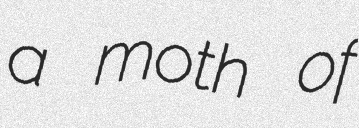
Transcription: a moth of